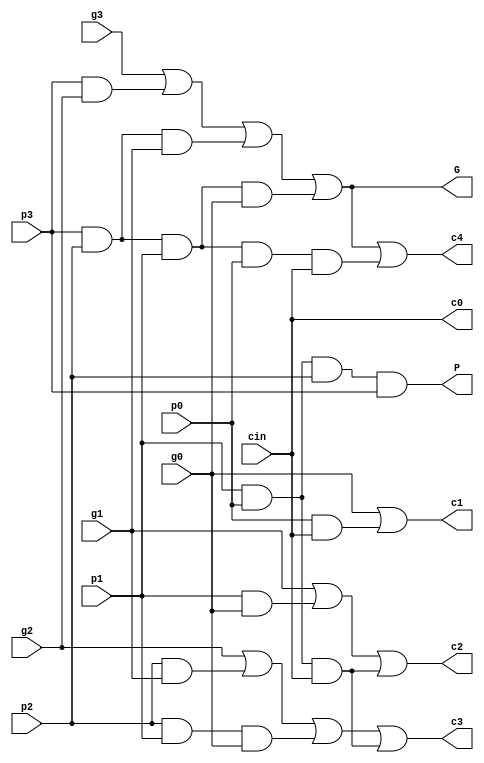
module CLA(g0, p0, g1, p1, g2, p2, g3, p3, cin, c0, c1, c2, c3, c4, G, P);
    input g0, p0, g1, p1, g2, p2, g3, p3, cin;
    output c0, c1, c2, c3, c4, G, P;
    wire g0, p0, g1, p1, g2, p2, g3, p3, cin, c0, c1, c2, c3, c4, G, P; 
    assign P=(p0&p1&p2&p3);
    assign G=(g3|(p3&g2)|(p3&p2&g1)|(p3&p2&p1&g0));
    assign c0=cin,
        c1=g0|(p0&cin),
        c2=g1|(p1&g0)|(p1&p0&c0),
        c3=g2|(p2&g1)|(p2&p1&g0)|(p1&p1&p0&cin),
        c4=g3|(p3&g2)|(p3&p2&g1)|(p3&p2&p1&g0)|(p3&p2&p1&p0&cin);
endmodule